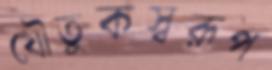
যৌতুকস্বরূপ